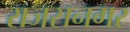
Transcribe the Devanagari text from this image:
राजसनगर